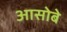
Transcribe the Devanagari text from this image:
आसोबे